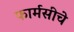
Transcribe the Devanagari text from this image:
फार्मसीचे